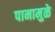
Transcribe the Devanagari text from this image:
पानामुळे